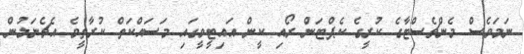
ނަމަވެސް މެންޗެސްޓާގެ ކުރީގެ ކެޕްޓަން ރޯއި ކީން އައިޓީވީގައި މަސައްކަތް ކުރާތީވެ އެޗެނަލުން